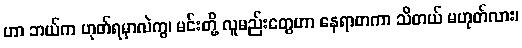
ဟာ ဘယ်က ဟုတ်ရမှာလဲကွ၊ မင်းတို့ လူမည်းတွေဟာ နေရာတကာ သိတယ် မဟုတ်လား၊